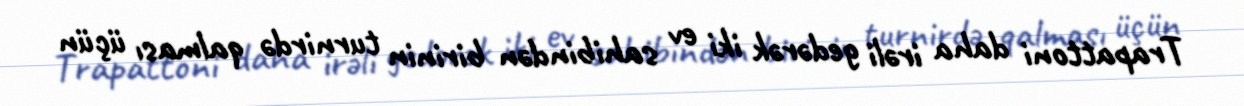
Trapattoni daha irəli gedərək iki ev sahibindən birinin turnirdə qalması üçün